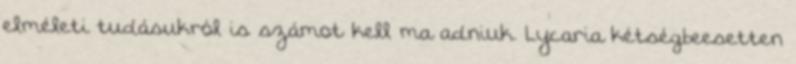
elméleti tudásukról is számot kell ma adniuk. Lycaria kétségbeesetten